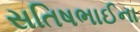
સતિષભાઈના